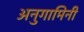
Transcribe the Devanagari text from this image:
अनुगामिनी